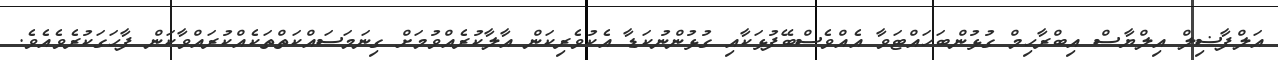
އަލްފާޟިލް އިލްޔާސް އިބްރާހިމް ގުޅުންބަހައްޓަވާ އެއްވެސްބޭފުޅަކާއި ގުޅުންނުކަޑާ އެކުވެރިކަން އާލާކުރެއްވުމަށް ގިނަމަސައްކަތްތަކެއްކުރައްވާކަން ފާހަގަކުރެވެއެވެ.